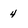
Character: 4